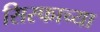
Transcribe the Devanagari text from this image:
सिस्फाच्या